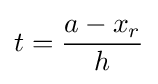
t={\frac {a-x_{r}}{h}}